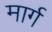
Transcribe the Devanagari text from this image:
मार्ग